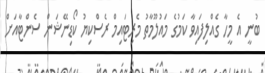
ބުނީ އެ މީހާ ގެއްލިފައިވާ ކަމުގެ މައުލޫމާތު މެރިޓައިމް ރެސްކިޔު ކޯޑިނޭޝަން ސެންޓާއަށް